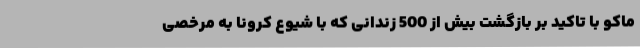
ماکو با تاکید بر بازگشت بیش از 500 زندانی که با شیوع کرونا به مرخصی